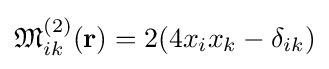
{\mathfrak {M}}_{ik}^{(2)}(\mathbf {r} )=2(4x_{i}x_{k}-\delta _{ik})